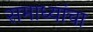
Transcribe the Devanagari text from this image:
समाध्यांचा